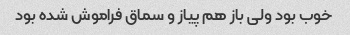
خوب بود ولی باز هم پیاز و سماق فراموش شده بود